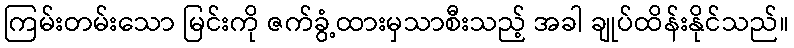
ကြမ်းတမ်းသော မြင်းကို ဇက်ခွံ့ထားမှသာစီးသည့် အခါ ချုပ်ထိန်းနိုင်သည်။